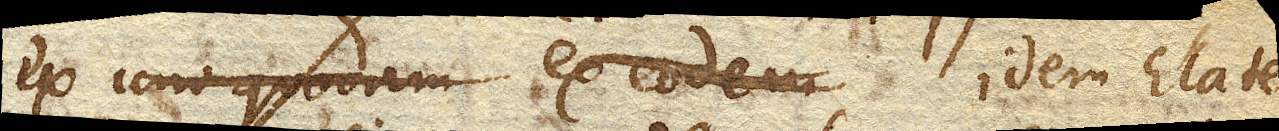
ex eodem idem Elate–